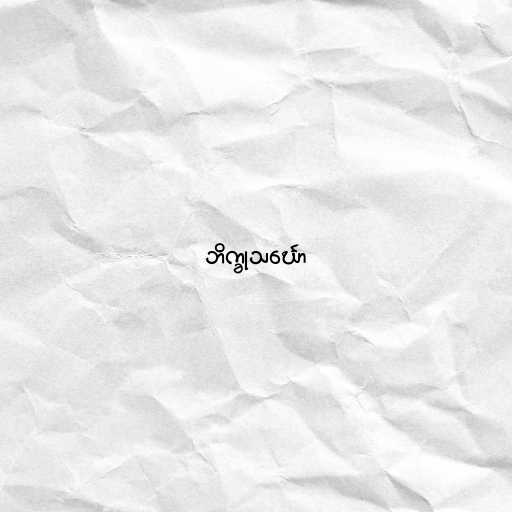
ဘိက္ခုသင်္ဃော